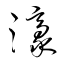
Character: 濠